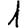
Digit: 1